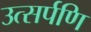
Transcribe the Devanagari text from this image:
उत्सर्पणि